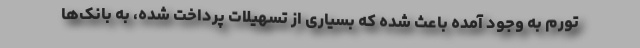
تورم به وجود آمده باعث شده که بسیاری از تسهیلات پرداخت شده، به بانک‌ها